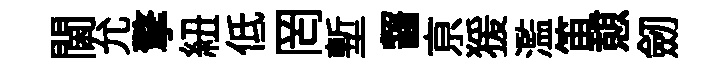
閫允擎紐低罔塹齧亰猨濫笛憇劒